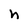
Character: h